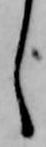
し